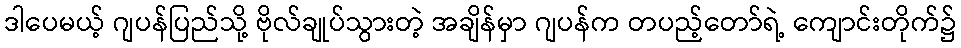
ဒါပေမယ့် ဂျပန်ပြည်သို့ ဗိုလ်ချုပ်သွားတဲ့ အချိန်မှာ ဂျပန်က တပည့်တော်ရဲ့ ကျောင်းတိုက်၌